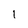
Character: 1